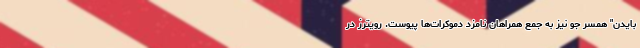
بایدن" همسر جو نیز به جمع همراهان نامزد دموکرات‌ها پیوست. رویترز در